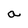
Character: a